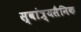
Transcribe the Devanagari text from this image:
स्वांत्र्यसैनिक